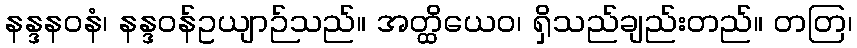
နန္ဒနဝနံ၊ နန္ဒဝန်ဥယျာဉ်သည်။ အတ္ထိယေဝ၊ ရှိသည်ချည်းတည်။ တတြ၊